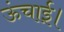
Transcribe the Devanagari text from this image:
ऊंचाई।